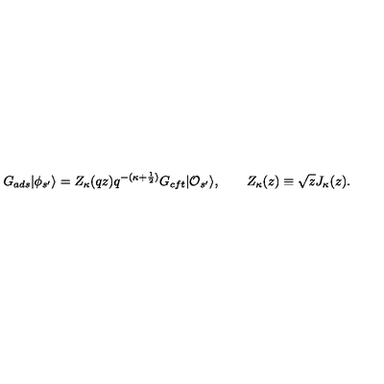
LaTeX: G _ { a d s } | \phi _ { s ^ { \prime } } \rangle = Z _ { \kappa } ( q z ) q ^ { - ( \kappa + \frac { 1 } { 2 } ) } G _ { c f t } | { \cal O } _ { s ^ { \prime } } \rangle , \qquad Z _ { \kappa } ( z ) \equiv \sqrt { z } J _ { \kappa } ( z ) .